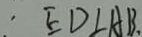
E D \bot A B .